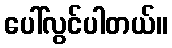
ပေါ်လွင်ပါတယ်။